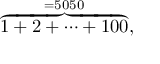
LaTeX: \textstyle \overbrace { 1 + 2 + \cdots + 1 0 0 } ^ { = 5 0 5 0 } ,